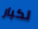
لكبار